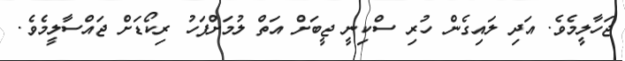
ޖަހާލީމެވެ. އަދި ލައިގެން ހުރި ސްކިނީ ޖީބަށް އަތް ލުމަށްފަހު ރިކޯޑަށް ޖައްސާލީމެވެ.